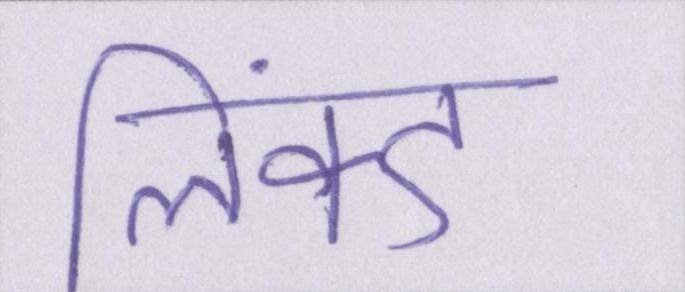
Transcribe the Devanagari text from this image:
लिंक्ड